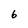
Character: 6